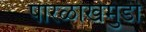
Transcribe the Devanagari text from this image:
पारळाखेमुंडी